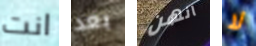
انت بعد انهن لا